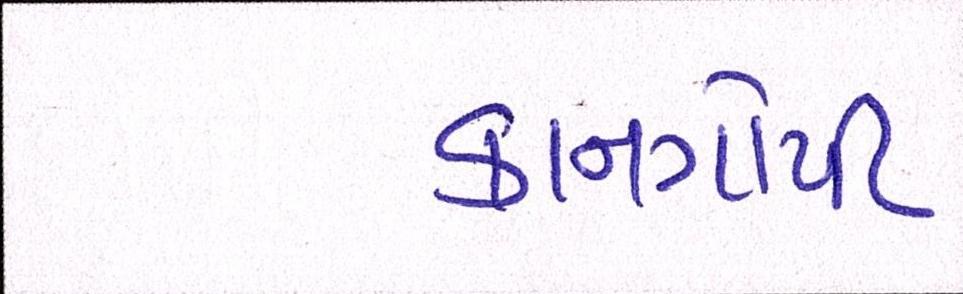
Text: કાનગોપી